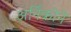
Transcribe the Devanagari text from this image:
अर्निकोने